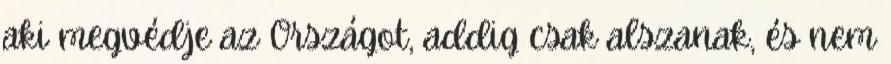
aki megvédje az Országot, addig csak alszanak, és nem